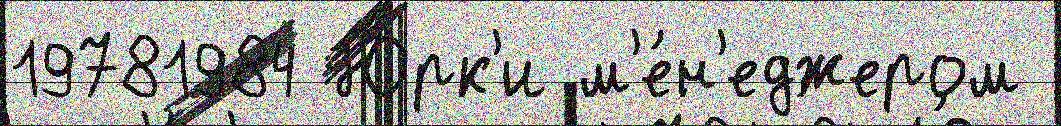
19781984 Ю́рк'и м'е́н'еджером